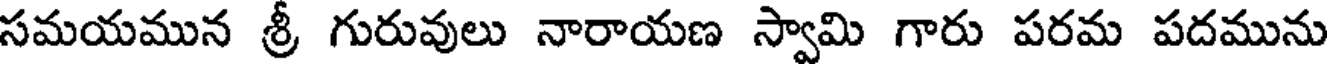
సమయమున శ్రీ గురువులు నారాయణ స్వామి గారు పరమ పదమును